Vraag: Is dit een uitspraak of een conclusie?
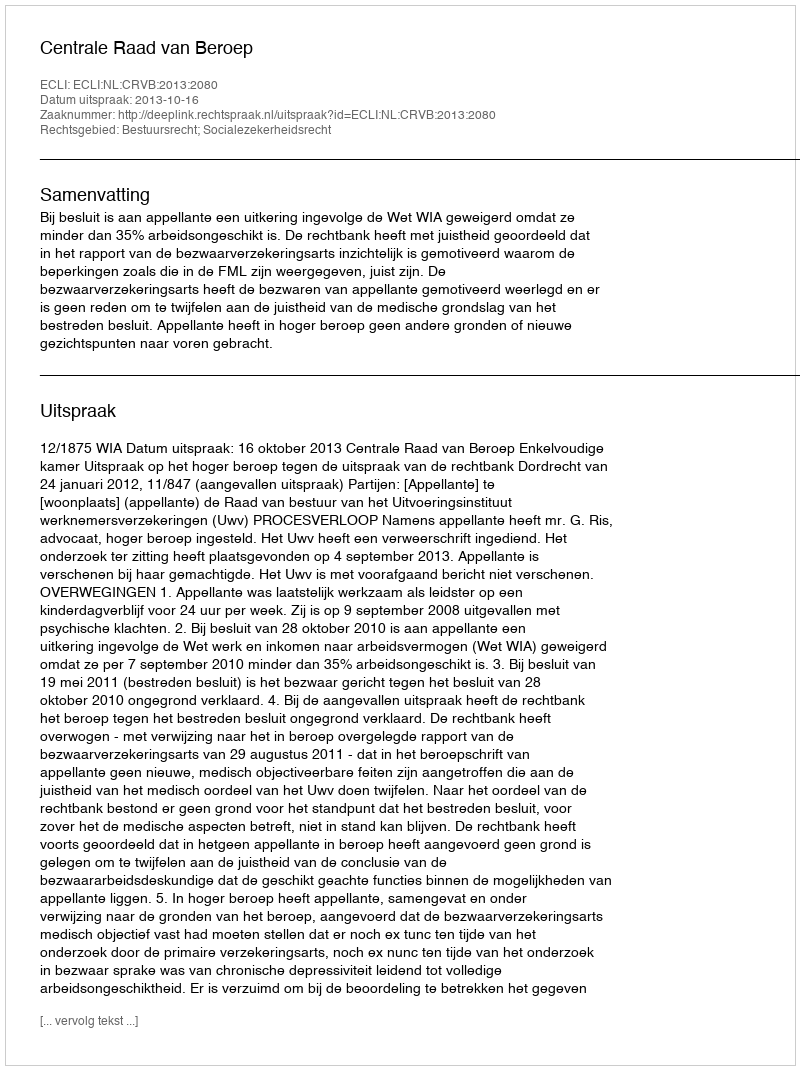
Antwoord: Uitspraak